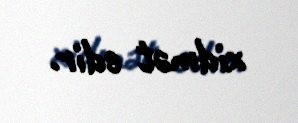
xidmət edir.